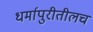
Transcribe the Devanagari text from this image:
धर्मापुरीतीलच